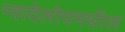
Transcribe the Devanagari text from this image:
ग्वादेलोपमधील